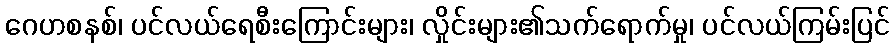
ဂေဟစနစ်၊ ပင်လယ်ရေစီးကြောင်းများ၊ လှိုင်းများ၏သက်ရောက်မှု၊ ပင်လယ်ကြမ်းပြင်